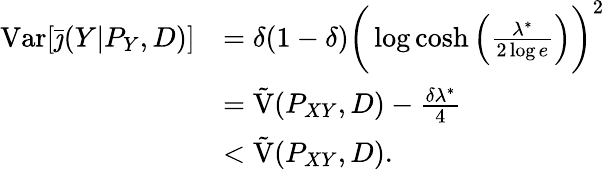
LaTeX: \begin{array}{rl}{\mathrm{Var}[\bar{\jmath}(Y|P_{Y},D)]}&{=\delta(1-\delta)\bigg(\log\cosh\Big(\frac{\lambda^{*}}{2\log e}\Big)\bigg)^{2}}\\ &{=\tilde{\mathrm{V}}(P_{XY},D)-\frac{\delta\lambda^{*}}{4}}\\ &{<\tilde{\mathrm{V}}(P_{XY},D).}\end{array}